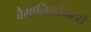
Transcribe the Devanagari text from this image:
वैमानिकांमध्ये